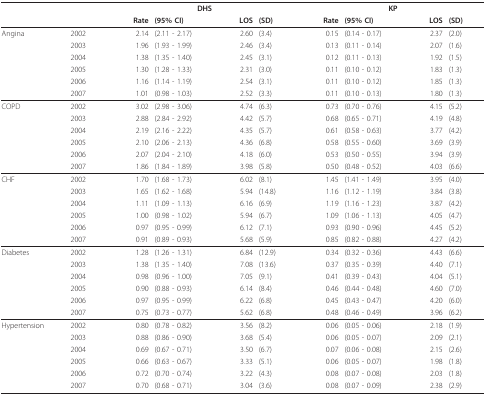
<table><thead><tr><td></td><td></td><td colspan="4"><b>DHS</b></td><td colspan="4"><b>KP</b></td></tr><tr><td></td><td></td><td><b>Rate</b></td><td><b>(95% CI)</b></td><td><b>LOS</b></td><td><b>(SD)</b></td><td><b>Rate</b></td><td><b>(95% CI)</b></td><td><b>LOS</b></td><td><b>(SD)</b></td></tr></thead><tbody><tr><td>Angina</td><td>2002</td><td>2.14</td><td>(2.11 - 2.17)</td><td>2.60</td><td>(3.4)</td><td>0.15</td><td>(0.14 - 0.17)</td><td>2.37</td><td>(2.0)</td></tr><tr><td></td><td>2003</td><td>1.96</td><td>(1.93 - 1.99)</td><td>2.46</td><td>(3.4)</td><td>0.13</td><td>(0.11 - 0.14)</td><td>2.07</td><td>(1.6)</td></tr><tr><td></td><td>2004</td><td>1.38</td><td>(1.35 - 1.40)</td><td>2.45</td><td>(3.1)</td><td>0.12</td><td>(0.11 - 0.13)</td><td>1.92</td><td>(1.5)</td></tr><tr><td></td><td>2005</td><td>1.30</td><td>(1.28 - 1.33)</td><td>2.31</td><td>(3.0)</td><td>0.11</td><td>(0.10 - 0.12)</td><td>1.83</td><td>(1.3)</td></tr><tr><td></td><td>2006</td><td>1.16</td><td>(1.14 - 1.19)</td><td>2.54</td><td>(3.1)</td><td>0.11</td><td>(0.10 - 0.12)</td><td>1.85</td><td>(1.3)</td></tr><tr><td></td><td>2007</td><td>1.01</td><td>(0.98 - 1.03)</td><td>2.52</td><td>(3.3)</td><td>0.11</td><td>(0.10 - 0.13)</td><td>1.80</td><td>(1.3)</td></tr><tr><td>COPD</td><td>2002</td><td>3.02</td><td>(2.98 - 3.06)</td><td>4.74</td><td>(6.3)</td><td>0.73</td><td>(0.70 - 0.76)</td><td>4.15</td><td>(5.2)</td></tr><tr><td></td><td>2003</td><td>2.88</td><td>(2.84 - 2.92)</td><td>4.42</td><td>(5.7)</td><td>0.68</td><td>(0.65 - 0.71)</td><td>4.19</td><td>(4.8)</td></tr><tr><td></td><td>2004</td><td>2.19</td><td>(2.16 - 2.22)</td><td>4.35</td><td>(5.7)</td><td>0.61</td><td>(0.58 - 0.63)</td><td>3.77</td><td>(4.2)</td></tr><tr><td></td><td>2005</td><td>2.10</td><td>(2.06 - 2.13)</td><td>4.36</td><td>(6.8)</td><td>0.58</td><td>(0.55 - 0.60)</td><td>3.69</td><td>(3.9)</td></tr><tr><td></td><td>2006</td><td>2.07</td><td>(2.04 - 2.10)</td><td>4.18</td><td>(6.0)</td><td>0.53</td><td>(0.50 - 0.55)</td><td>3.94</td><td>(3.9)</td></tr><tr><td></td><td>2007</td><td>1.86</td><td>(1.84 - 1.89)</td><td>3.98</td><td>(5.8)</td><td>0.50</td><td>(0.48 - 0.52)</td><td>4.03</td><td>(6.6)</td></tr><tr><td>CHF</td><td>2002</td><td>1.70</td><td>(1.68 - 1.73)</td><td>6.02</td><td>(8.1)</td><td>1.45</td><td>(1.41 - 1.49)</td><td>3.95</td><td>(4.0)</td></tr><tr><td></td><td>2003</td><td>1.65</td><td>(1.62 - 1.68)</td><td>5.94</td><td>(14.8)</td><td>1.16</td><td>(1.12 - 1.19)</td><td>3.84</td><td>(3.8)</td></tr><tr><td></td><td>2004</td><td>1.11</td><td>(1.09 - 1.13)</td><td>6.16</td><td>(6.9)</td><td>1.19</td><td>(1.16 - 1.23)</td><td>3.87</td><td>(4.2)</td></tr><tr><td></td><td>2005</td><td>1.00</td><td>(0.98 - 1.02)</td><td>5.94</td><td>(6.7)</td><td>1.09</td><td>(1.06 - 1.13)</td><td>4.05</td><td>(4.7)</td></tr><tr><td></td><td>2006</td><td>0.97</td><td>(0.95 - 0.99)</td><td>6.12</td><td>(7.1)</td><td>0.93</td><td>(0.90 - 0.96)</td><td>4.45</td><td>(5.2)</td></tr><tr><td></td><td>2007</td><td>0.91</td><td>(0.89 - 0.93)</td><td>5.68</td><td>(5.9)</td><td>0.85</td><td>(0.82 - 0.88)</td><td>4.27</td><td>(4.2)</td></tr><tr><td>Diabetes</td><td>2002</td><td>1.28</td><td>(1.26 - 1.31)</td><td>6.84</td><td>(12.9)</td><td>0.34</td><td>(0.32 - 0.36)</td><td>4.43</td><td>(6.6)</td></tr><tr><td></td><td>2003</td><td>1.38</td><td>(1.35 - 1.40)</td><td>7.08</td><td>(13.6)</td><td>0.37</td><td>(0.35 - 0.39)</td><td>4.40</td><td>(7.1)</td></tr><tr><td></td><td>2004</td><td>0.98</td><td>(0.96 - 1.00)</td><td>7.05</td><td>(9.1)</td><td>0.41</td><td>(0.39 - 0.43)</td><td>4.04</td><td>(5.1)</td></tr><tr><td></td><td>2005</td><td>0.90</td><td>(0.88 - 0.93)</td><td>6.14</td><td>(8.4)</td><td>0.46</td><td>(0.44 - 0.48)</td><td>4.60</td><td>(7.0)</td></tr><tr><td></td><td>2006</td><td>0.97</td><td>(0.95 - 0.99)</td><td>6.22</td><td>(6.8)</td><td>0.45</td><td>(0.43 - 0.47)</td><td>4.20</td><td>(6.0)</td></tr><tr><td></td><td>2007</td><td>0.75</td><td>(0.73 - 0.77)</td><td>5.62</td><td>(6.8)</td><td>0.48</td><td>(0.46 - 0.49)</td><td>3.96</td><td>(6.2)</td></tr><tr><td>Hypertension</td><td>2002</td><td>0.80</td><td>(0.78 - 0.82)</td><td>3.56</td><td>(8.2)</td><td>0.06</td><td>(0.05 - 0.06)</td><td>2.18</td><td>(1.9)</td></tr><tr><td></td><td>2003</td><td>0.88</td><td>(0.86 - 0.90)</td><td>3.68</td><td>(5.4)</td><td>0.06</td><td>(0.05 - 0.07)</td><td>2.09</td><td>(2.1)</td></tr><tr><td></td><td>2004</td><td>0.69</td><td>(0.67 - 0.71)</td><td>3.50</td><td>(6.7)</td><td>0.07</td><td>(0.06 - 0.08)</td><td>2.15</td><td>(2.6)</td></tr><tr><td></td><td>2005</td><td>0.66</td><td>(0.63 - 0.67)</td><td>3.33</td><td>(5.1)</td><td>0.06</td><td>(0.05 - 0.07)</td><td>1.98</td><td>(1.8)</td></tr><tr><td></td><td>2006</td><td>0.72</td><td>(0.70 - 0.74)</td><td>3.22</td><td>(4.3)</td><td>0.08</td><td>(0.07 - 0.08)</td><td>2.03</td><td>(1.8)</td></tr><tr><td></td><td>2007</td><td>0.70</td><td>(0.68 - 0.71)</td><td>3.04</td><td>(3.6)</td><td>0.08</td><td>(0.07 - 0.09)</td><td>2.38</td><td>(2.9)</td></tr></tbody></table>